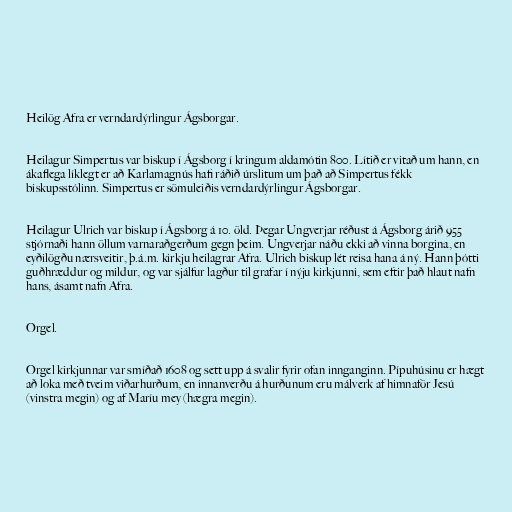
Heilög Afra er verndardýrlingur Ágsborgar.

Heilagur Simpertus var biskup í Ágsborg í kringum aldamótin 800. Lítið er vitað um hann, en
ákaflega líklegt er að Karlamagnús hafi ráðið úrslitum um það að Simpertus fékk
biskupsstólinn. Simpertus er sömuleiðis verndardýrlingur Ágsborgar.

Heilagur Ulrich var biskup í Ágsborg á 10. öld. Þegar Ungverjar réðust á Ágsborg árið 955
stjórnaði hann öllum varnaraðgerðum gegn þeim. Ungverjar náðu ekki að vinna borgina, en
eyðilögðu nærsveitir, þ.á.m. kirkju heilagrar Afra. Ulrich biskup lét reisa hana á ný. Hann þótti
guðhræddur og mildur, og var sjálfur lagður til grafar í nýju kirkjunni, sem eftir það hlaut nafn
hans, ásamt nafn Afra.

Orgel.

Orgel kirkjunnar var smíðað 1608 og sett upp á svalir fyrir ofan innganginn. Pípuhúsinu er hægt
að loka með tveim viðarhurðum, en innanverðu á hurðunum eru málverk af himnaför Jesú
(vinstra megin) og af Maríu mey (hægra megin).